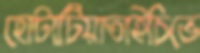
হোটাটিয়াতাইচিভে